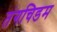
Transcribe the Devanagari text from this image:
तंगचिडम